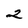
Character: 2